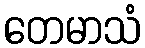
တေမာသံ